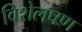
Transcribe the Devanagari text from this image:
विशेलषण